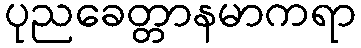
ပုညခေတ္တာနမာကရာ